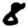
Digit: 8